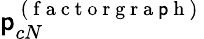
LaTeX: \mathsf{p}_{cN}^{\mathrm{{~(~f~a~c~t~o~r~g~r~a~\mathsf{p}~h~)~}}}